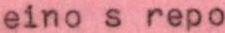
eino s repo